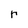
Character: r